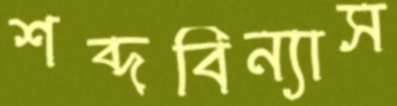
শব্দবিন্যাস